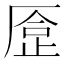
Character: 𠪈